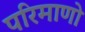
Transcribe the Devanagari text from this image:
परिमाणो